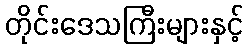
တိုင်းဒေသကြီးများနှင့်